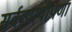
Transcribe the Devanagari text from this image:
सर्वव्यापीपणा